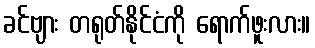
ခင်ဗျား တရုတ်နိုင်ငံကို ရောက်ဖူးလား။